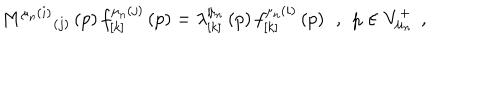
LaTeX: M ^ { \mu _ { n } ( i ) } { } _ { ( j ) } \left( p \right) f _ { \left[ k \right] } ^ { \mu _ { n } ( j ) } \left( p \right) = \lambda _ { \left[ k \right] } ^ { \mu _ { n } } \left( p \right) f _ { \left[ k \right] } ^ { \mu _ { n } ( i ) } \left( p \right) \; \, , \; \, p \in V _ { \mu _ { n } } ^ { + } \; \, ,